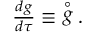
\begin{array} { r } { \frac { d g } { d \tau } \equiv ~ \stackrel { \circ } { g } . } \end{array}